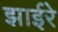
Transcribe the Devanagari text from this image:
झाईरे